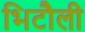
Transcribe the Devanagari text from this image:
भिटौली